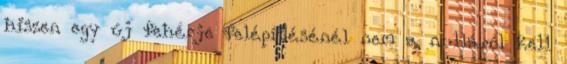
hiszen egy új fehérje felépítésénél nem a nulláról kell